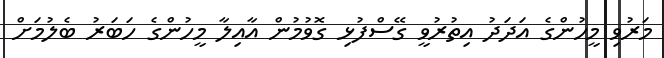
މަރުވި މީހުންގެ އަދަދު އިތުރުވީ ގޭސްފުޅި ގޮވުމުން އާއިލާ މީހުންގެ ހަބަރު ބެލުމަށް